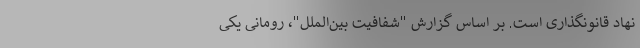
نهاد قانونگذاری است. بر اساس گزارش "شفافیت بین‌الملل"،‌ رومانی یکی